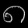
Digit: ၈